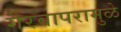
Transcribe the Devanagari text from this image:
गैरवापरामुळे